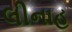
લીનાહ